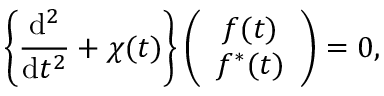
\left\{ \frac { \mathrm { d } ^ { 2 } } { \mathrm { d } t ^ { 2 } } + \chi ( t ) \right\} \left( \begin{array} { c } { { f ( t ) } } \\ { { f ^ { \ast } ( t ) } } \end{array} \right) = 0 ,